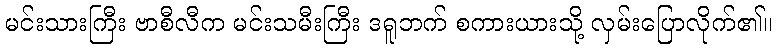
မင်းသားကြီး ဗာစီလီက မင်းသမီးကြီး ဒရူဘက် စကားယားသို့ လှမ်းပြောလိုက်၏။